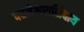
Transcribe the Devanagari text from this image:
परमेश्वराशिवाय